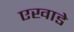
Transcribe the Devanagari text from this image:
एखाडे